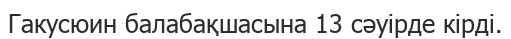
Гакусюин балабақшасына 13 сәуірде кірді.